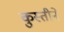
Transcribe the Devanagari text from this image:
कुस्तीने